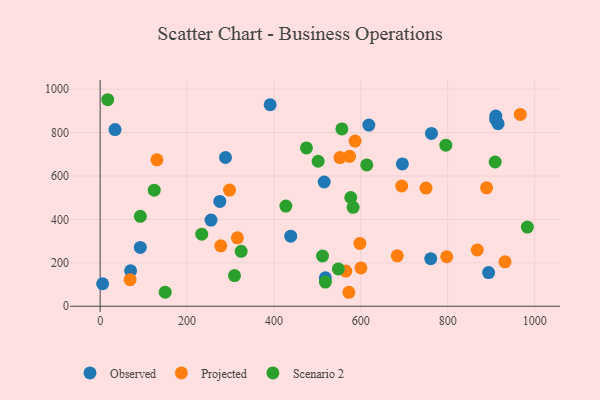
{"axis": {"x": "Investment", "y": "Profit"}, "legend": ["Observed", "Projected", "Scenario 2"], "data": [{"x": "695.6", "y": 655.4, "type": "Observed"}, {"x": "762.6", "y": 796.1, "type": "Observed"}, {"x": "894.1", "y": 154.8, "type": "Observed"}, {"x": "92.4", "y": 270.8, "type": "Observed"}, {"x": "910.4", "y": 860.5, "type": "Observed"}, {"x": "288.5", "y": 685.0, "type": "Observed"}, {"x": "5.7", "y": 103.5, "type": "Observed"}, {"x": "910.7", "y": 875.7, "type": "Observed"}, {"x": "391.3", "y": 928.0, "type": "Observed"}, {"x": "515.7", "y": 572.1, "type": "Observed"}, {"x": "518.3", "y": 131.0, "type": "Observed"}, {"x": "255.2", "y": 396.6, "type": "Observed"}, {"x": "915.9", "y": 840.6, "type": "Observed"}, {"x": "438.6", "y": 322.6, "type": "Observed"}, {"x": "618.4", "y": 834.2, "type": "Observed"}, {"x": "275.4", "y": 482.6, "type": "Observed"}, {"x": "70.1", "y": 163.1, "type": "Observed"}, {"x": "34.3", "y": 813.4, "type": "Observed"}, {"x": "760.9", "y": 219.0, "type": "Observed"}, {"x": "867.9", "y": 259.1, "type": "Projected"}, {"x": "931.8", "y": 204.4, "type": "Projected"}, {"x": "600.2", "y": 176.3, "type": "Projected"}, {"x": "68.9", "y": 122.3, "type": "Projected"}, {"x": "277.6", "y": 278.4, "type": "Projected"}, {"x": "565.4", "y": 161.8, "type": "Projected"}, {"x": "551.9", "y": 684.7, "type": "Projected"}, {"x": "694.0", "y": 553.8, "type": "Projected"}, {"x": "297.8", "y": 534.9, "type": "Projected"}, {"x": "572.4", "y": 64.3, "type": "Projected"}, {"x": "315.9", "y": 315.2, "type": "Projected"}, {"x": "130.7", "y": 674.4, "type": "Projected"}, {"x": "889.4", "y": 545.5, "type": "Projected"}, {"x": "967.0", "y": 883.6, "type": "Projected"}, {"x": "586.7", "y": 760.8, "type": "Projected"}, {"x": "597.8", "y": 289.5, "type": "Projected"}, {"x": "750.0", "y": 544.1, "type": "Projected"}, {"x": "574.0", "y": 690.5, "type": "Projected"}, {"x": "683.8", "y": 232.3, "type": "Projected"}, {"x": "797.7", "y": 227.8, "type": "Projected"}, {"x": "556.4", "y": 816.4, "type": "Scenario 2"}, {"x": "324.5", "y": 253.1, "type": "Scenario 2"}, {"x": "124.5", "y": 534.3, "type": "Scenario 2"}, {"x": "309.2", "y": 141.0, "type": "Scenario 2"}, {"x": "909.2", "y": 664.3, "type": "Scenario 2"}, {"x": "518.4", "y": 111.2, "type": "Scenario 2"}, {"x": "427.4", "y": 461.3, "type": "Scenario 2"}, {"x": "501.7", "y": 667.8, "type": "Scenario 2"}, {"x": "511.8", "y": 231.3, "type": "Scenario 2"}, {"x": "582.2", "y": 455.6, "type": "Scenario 2"}, {"x": "17.4", "y": 951.1, "type": "Scenario 2"}, {"x": "795.6", "y": 741.6, "type": "Scenario 2"}, {"x": "474.8", "y": 729.2, "type": "Scenario 2"}, {"x": "92.5", "y": 414.3, "type": "Scenario 2"}, {"x": "576.8", "y": 500.7, "type": "Scenario 2"}, {"x": "613.6", "y": 650.6, "type": "Scenario 2"}, {"x": "548.2", "y": 171.8, "type": "Scenario 2"}, {"x": "149.7", "y": 64.7, "type": "Scenario 2"}, {"x": "233.8", "y": 331.8, "type": "Scenario 2"}, {"x": "983.3", "y": 364.6, "type": "Scenario 2"}]}